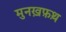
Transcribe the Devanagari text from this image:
मुनख़फ़थ़